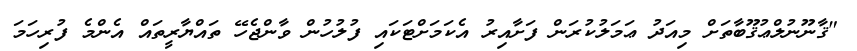
"ޤާނޫނުލްޢުޤޫބާތަށް މިއަދު ޢަމަލުކުރަން ފަށާއިރު އެކަމަށްޓަކައި ފުލުހުން ވާންޖެހޭ ތައްޔާރީތައް އެންމެ ފުރިހަމަ